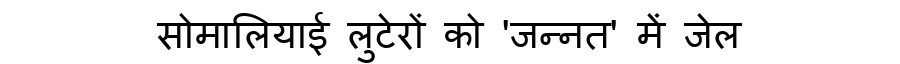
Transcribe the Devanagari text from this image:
सोमालियाई लुटेरों को 'जन्नत' में जेल